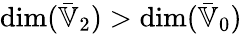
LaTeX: \dim(\bar{\mathbb{V}}_{2})>\dim(\bar{\mathbb{V}}_{0})